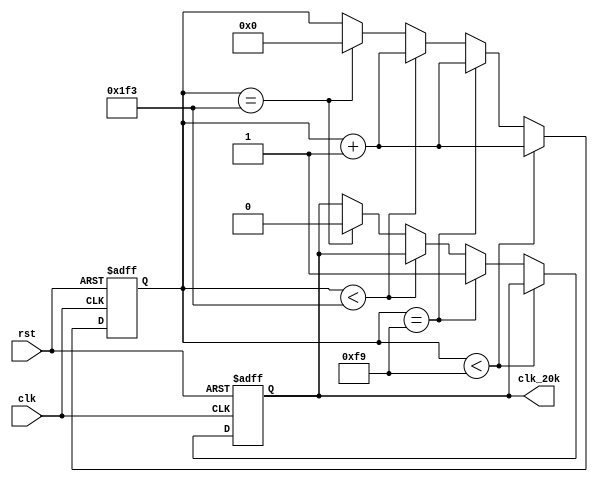
module clk_20k_gen
(
    input           clk     ,
    input           rst     ,

    output          clk_20k 
);

    reg             clk_20k_r;
    reg     [13:0]   cnt;

    always @ (posedge clk, negedge rst) begin
        if (!rst) begin
            clk_20k_r <= 1'b0;
            cnt <= 14'd0;
        end
        else if (cnt < 14'd249) begin
            cnt <= cnt + 14'd1;
        end
        else if (cnt == 14'd249) begin
            cnt <= cnt + 14'd1;
            clk_20k_r <= 1'b1;
        end
        else if (cnt < 14'd499) begin
            cnt <= cnt + 14'd1;
        end
        else if (cnt == 14'd499) begin
            clk_20k_r <= 1'b0;
            cnt <= 14'd0;
        end
    end

    assign clk_20k = clk_20k_r;

endmodule